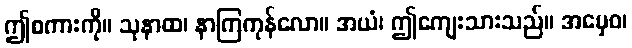
ဤစကားကို။ သုနာထ၊ နာကြကုန်လော။ အယံ၊ ဤကျေးသားသည်။ အမှေဝ၊